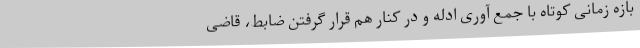
بازه زمانی کوتاه با جمع آوری ادله و در کنار هم قرار گرفتن ضابط، قاضی